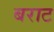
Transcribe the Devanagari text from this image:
बराट